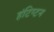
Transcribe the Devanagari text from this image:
हंटिग्टन